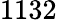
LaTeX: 1132